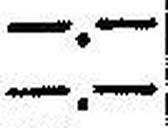
—.—